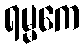
ရမ္မကေ